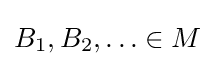
B_{1},B_{2},\ldots \in M